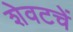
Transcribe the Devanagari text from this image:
शेवटचें